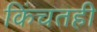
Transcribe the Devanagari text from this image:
किंचतही